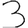
Digit: 3